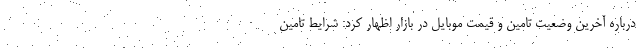
درباره آخرین وضعیت تامین و قیمت موبایل در بازار اظهار کرد: شرایط تامین